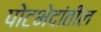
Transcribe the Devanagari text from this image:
पोटभेदांतील